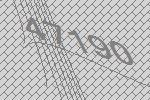
47190